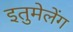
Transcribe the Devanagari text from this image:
इतुमेलेंग